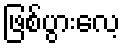
ဖြစ်ပွားလေ့